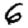
Digit: 6